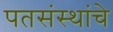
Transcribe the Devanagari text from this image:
पतसंस्थांचे